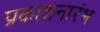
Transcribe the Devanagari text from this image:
प्रकाशनारंभ